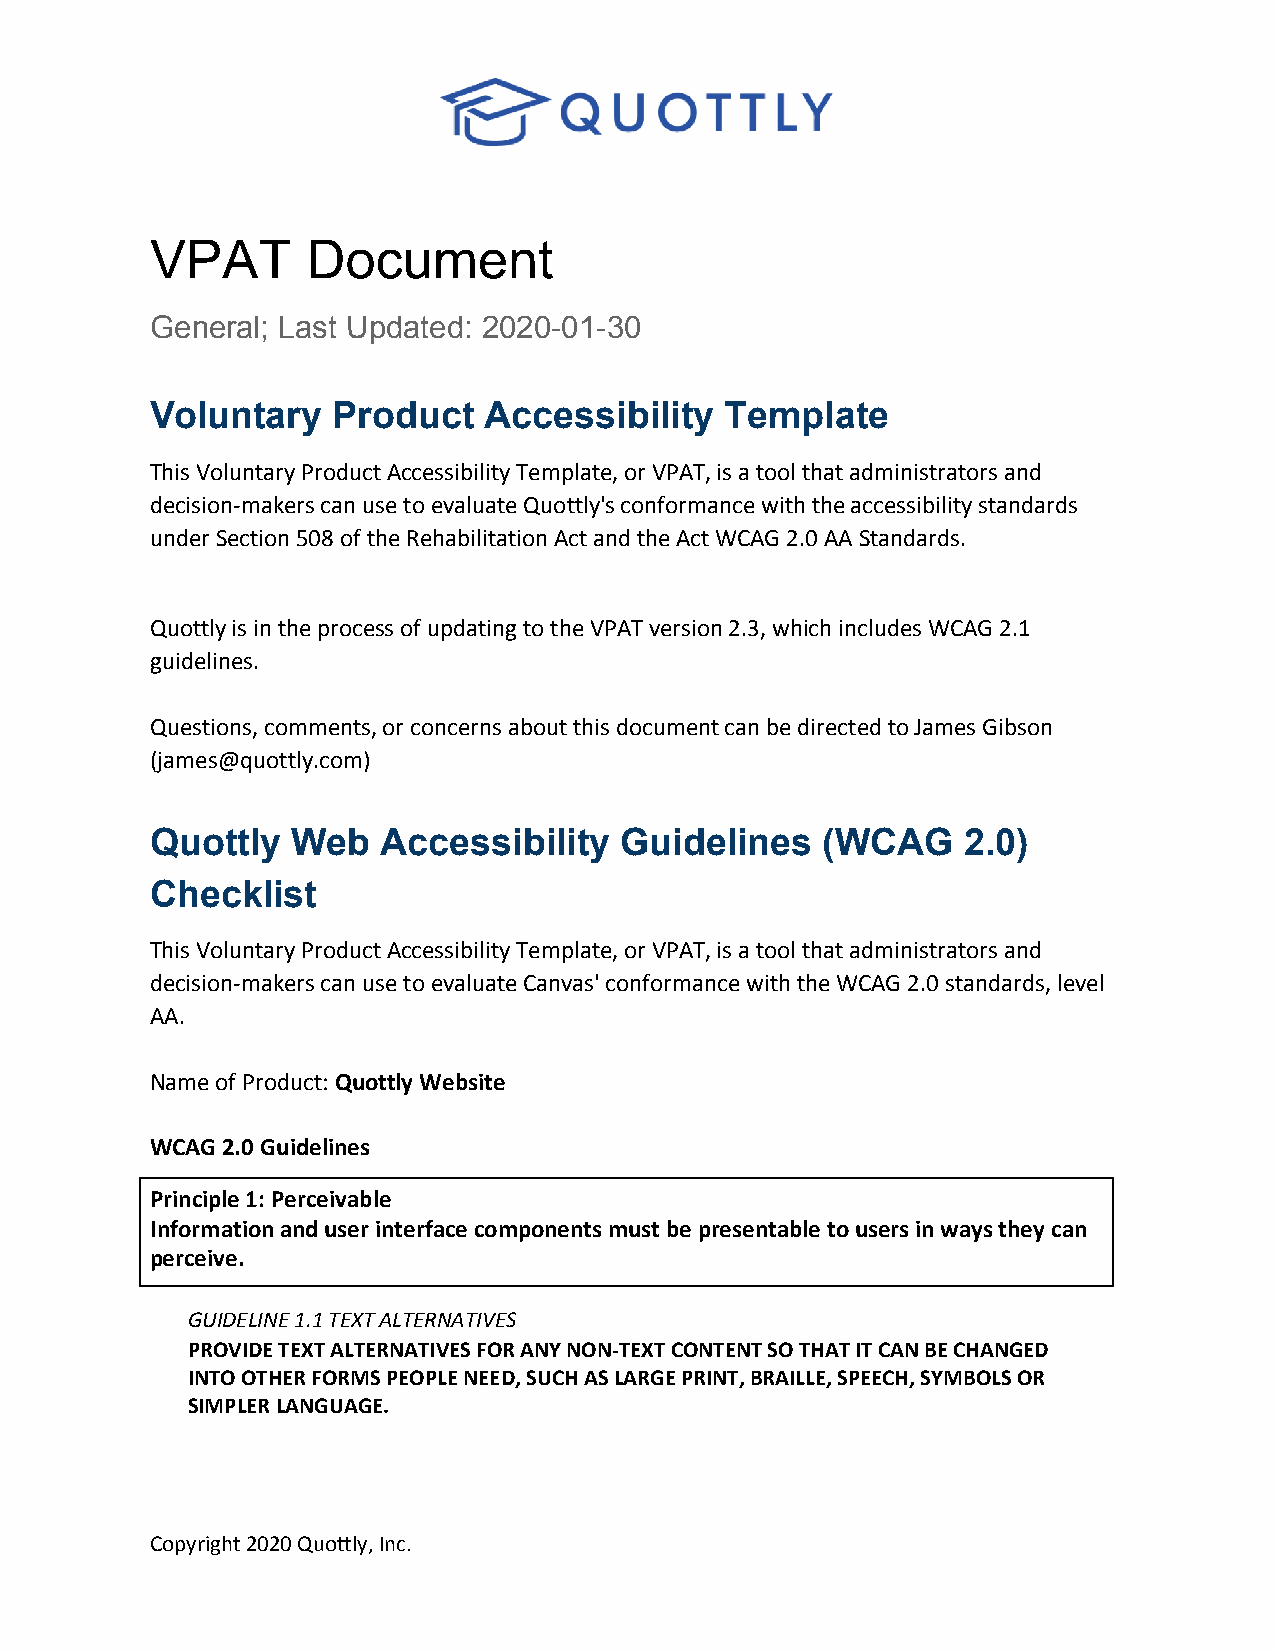
VPAT      Document
 General; Last Updated: 2020-01-30
 Voluntary   Product   Accessibility   Template
 This Voluntary Product Accessibility Template, or VPAT, is a tool that administrators and
 decision-makers can use to evaluate Quottly's conformance with the accessibility standards
 under Section 508 of the Rehabilitation Act and the Act WCAG 2.0 AA Standards.
 Quottly is in the process of updating to the VPAT version 2.3, which includes WCAG 2.1
 guidelines.
 Questions, comments, or concerns about this document can be directed to James Gibson
 (james@quottly.com)
 Quottly  Web   Accessibility   Guidelines   (WCAG     2.0)
 Checklist
 This Voluntary Product Accessibility Template, or VPAT, is a tool that administrators and
 decision-makers can use to evaluate Canvas' conformance with the WCAG 2.0 standards, level
 AA.
 Name of Product: Quottly Website
 ​
 WCAG 2.0 Guidelines
 Principle 1: Perceivable
 Information and user interface components must be presentable to users in ways they can
 perceive.
 GUIDELINE 1.1 TEXT ALTERNATIVES
 PROVIDE TEXT ALTERNATIVES FOR ANY NON-TEXT CONTENT SO THAT IT CAN BE CHANGED
 INTO OTHER FORMS PEOPLE NEED, SUCH AS LARGE PRINT, BRAILLE, SPEECH, SYMBOLS OR
 SIMPLER LANGUAGE.
 Copyright 2020 Quottly, Inc.